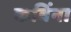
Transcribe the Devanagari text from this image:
कविंना